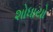
શોધાયો